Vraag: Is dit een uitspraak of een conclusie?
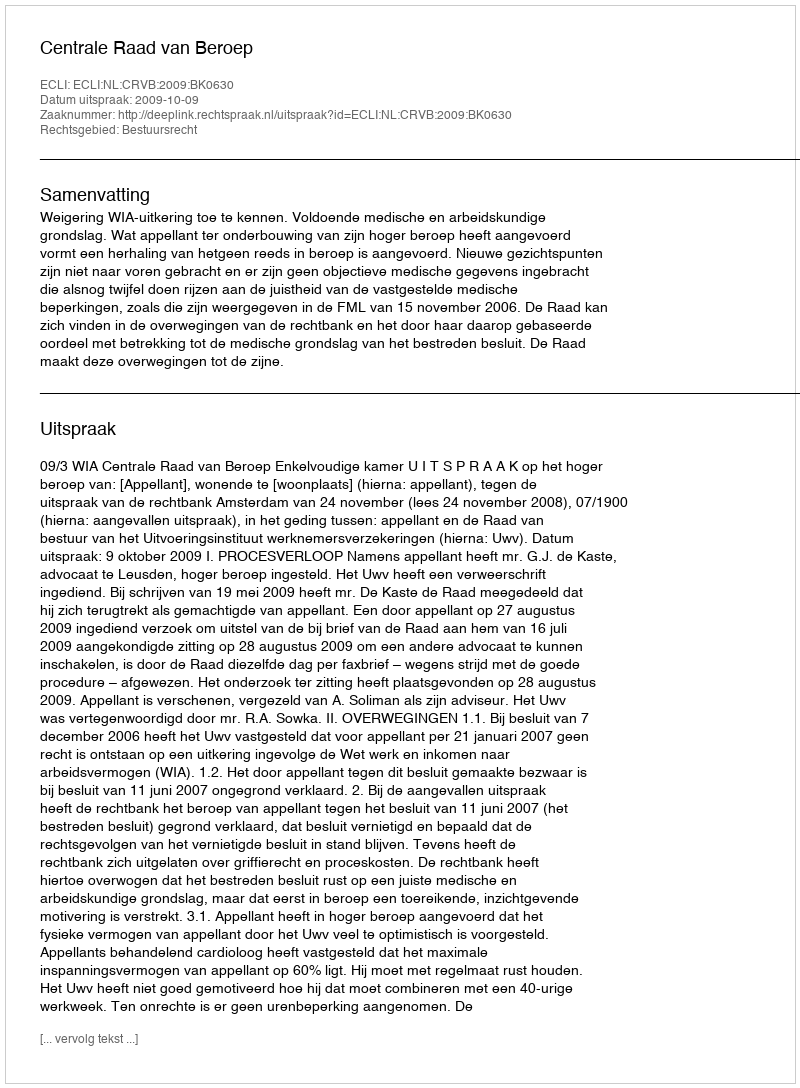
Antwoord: Uitspraak